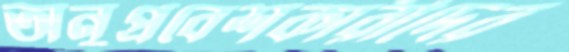
অনুপ্রবেশকারীদের